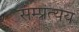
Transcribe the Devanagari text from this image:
सम्प्रत्यय